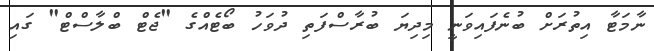
ނާމަޓާ އިތުރަށް ބުނެފައިވަނީ މިދިޔަ ބުރާސްފަތި ދުވަހު ބޯޓެއްގެ "ޖެޓް ބްލާސްޓް" ގައި